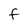
Character: f